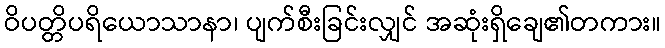
ဝိပတ္တိပရိယောသာနာ၊ ပျက်စီးခြင်းလျှင် အဆုံးရှိချေ၏တကား။